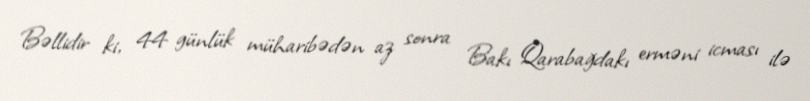
Bəllidir ki, 44 günlük müharibədən az sonra Bakı Qarabağdakı erməni icması ilə